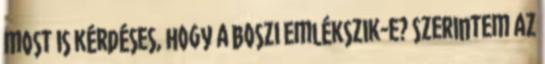
most is kérdéses, hogy a boszi emlékszik-e? Szerintem az